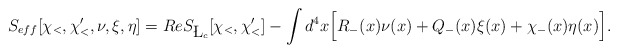
\begin{align*}S_{eff}[\chi_<,\chi_<', \nu, \xi, \eta]= Re S_{\L_c}[\chi_<,\chi_<']- \int d^4x\Big[R_-(x) \nu (x) + Q_-(x) \xi(x) + \chi_-(x)\eta(x)\Big].\end{align*}